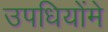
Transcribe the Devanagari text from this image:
उपधियोंमे